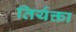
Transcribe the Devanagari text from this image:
तिर्यक्ता